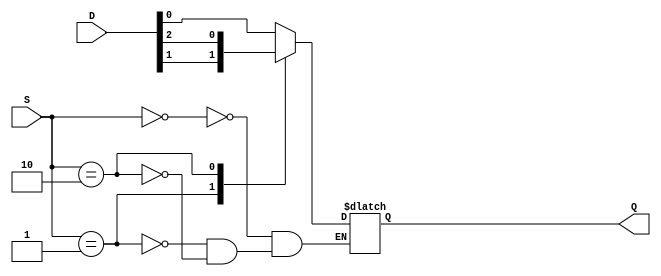
`timescale 1ns / 1ps
//////////////////////////////////////////////////////////////////////////////////
// Company: 
// Engineer: 
// 
// Design Name: 
// Module Name:    MUX_4input_abnormal 
// Project Name: 
// Target Devices: 
// Tool versions: 
// Description: 
//
// Dependencies: 
//
// Revision: 
// Revision 0.01 - File Created
// Additional Comments: 
//
//////////////////////////////////////////////////////////////////////////////////
module MUX_4input_abnormal(
  input wire[1:0] S,
  input wire[3:0] D,
  output reg Q );

  always@(*) begin
    case(S)
      2'b 00:  Q <= D[0];
      2'b 01:  Q <= D[1];
      2'b 10:  Q <= D[2];
      //2'b 11:  Q <= D[3];
      //default: Q <= D[0];
    endcase
  end

endmodule